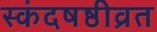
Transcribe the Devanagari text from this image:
स्कंदषष्ठीव्रत